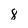
Character: 8